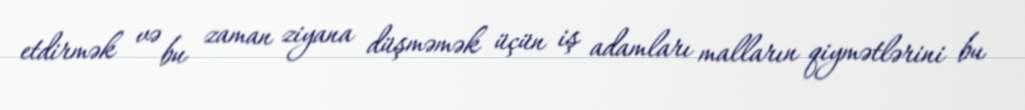
etdirmək və bu zaman ziyana düşməmək üçün iş adamları malların qiymətlərini bu